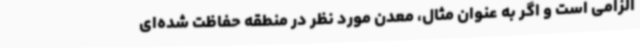
الزامی است و اگر به عنوان مثال، معدن مورد نظر در منطقه حفاظت شده‌ای